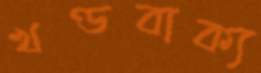
খণ্ডবাক্য